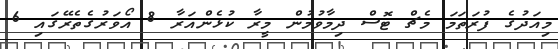
މިއަދުގެ ފުރަތަމަ މެޗް ޓޮސް ދިމާވުމުން މީރާ ކުޅެންއަރާ 8 އޯވަރުގެތެރޭގައި 6